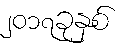
၂၀၁၇ခုနှစ်